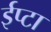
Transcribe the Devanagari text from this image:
ईप्टा